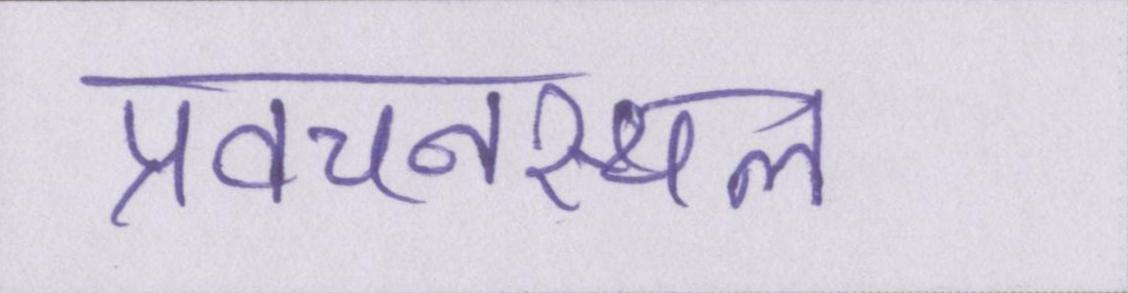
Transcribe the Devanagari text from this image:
प्रवचनस्थल